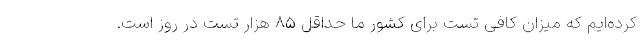
کرده‌ایم که میزان کافی تست برای کشور ما حداقل ۸۵ هزار تست در روز است.